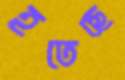
হতেছে